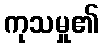
ကုသမှု၏